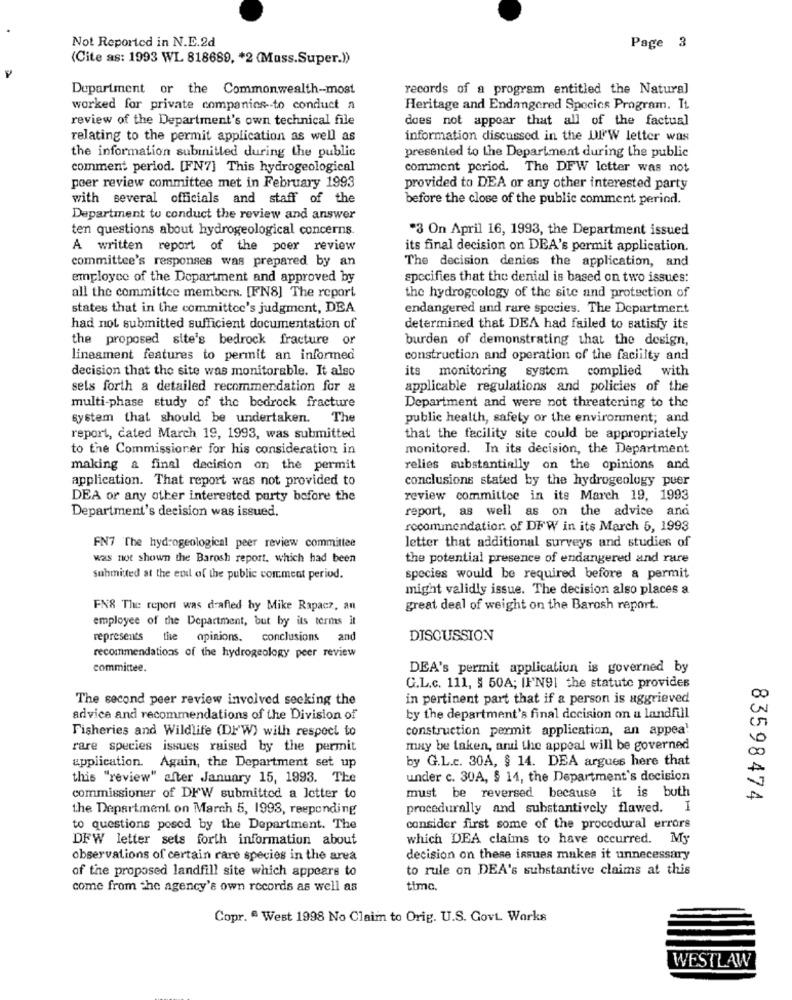
Not Reported in N.E.2d
Page 3
(Cite as: 1993 WL 818689, * 2 (Mass.Super.))
Department or the Commonwealth-most
records of a program entitled the Natural
worked for private companies to conduct a
Heritage and Endangered Species Program. It
review of the Department's own technical file
does not appear that all of the factual
relating to the permit application as well as
information discussed in the DI.W letter was
the information submitted during the public
presented to the Department during the public
comment period. [FN7] This hydrogeological
comment period. The DFW Ietter was not
peer review committee met in February 1993
provided to DEA or any other interested party
with several officials and staff of the
before the close of the public comment period.
Department to conduct the review and answer
ten questions about hydrogeological concerns.
*3 On April 16, 1993, the Department issued
A written report of the peer review
its final decision on DEA's permit application.
committee's responses was prepared by an
The decision denies the application, and
employee of the Department and approved by
specifies that the denial is based on two issues:
all the committee members. [FN8] The report
the hydrogeology of the site and protection of
states that in the committee's judgment, DEA
endangered und rare species. The Department
had not submitted sufficient documentation of
determined that DEA had failed to satisfy its
the proposed site's bedrock fracture or
burden of demonstrating that the design,
lineament features to permit an informed
construction and operation of the faciilty and
decision that the site was monitorable. It also
its monitoring system complied with
sels forth a detailed recommendation for &
applicable regulations and policies of the
multi-phase study of the bedrock fracture
Department and were not threatening to the
system that should be undertaken. The
public health, safety or the environment; and
report, dated March 19, 1993, was submitted
that the facility site could be appropriately
to the Commissioner for his consideration in
monitored. In its decision, the Department
making a final decision on the permit
relies substantially on the opinions and
application. That report was not provided to
conclusions stated by the hydrogeology puer
DEA or any other interested party before the
review committee in its March 19, 1993
report, as well as on the advice and
Department's decision was issued.
recommendation of DFW in its March 5, 1993
FN7 The hydrogeological peer review committee
letter that additional surveys and studies of
was not shown the Barosh report, which had been
the potential presence of endangered and rare
submitted at the end of the public comment period.
species would be required before a permit
might validly issue. The decision also places a
FN& The report was drafted by Mike Rapacz, an
great deal of weight on the Barosh report.
employee of the Department, but by its terms it
represents the opinions. conclusions and
DISCUSSION
recommendations of the hydrogeology peer review
committee.
DEA's permit application is governed by
G.L.c. 111, § 50A; IF'N91 the statute provides
The second peer review involved seeking the
in pertinent part that if a person is aggrieved
advice and recommendations of the Division of
by the department's final decision on u landfill
Fisheries and Wildlife (DI'W) with respect to
construction permit application, an appea'
rare species issues raised by the permit
may be taken, and the appeal will be governed
by G.L.c. 30A, $ 14. DEA argues here that
application. Again, the Department set up
this "review" after January 15, 1993. The
under c. 30A, § 14, the Department's decision
must be reversed because it is buth
commissioner of DFW submitted a letter to
83598474
the Department on March 5, 1993, responding
procedurally and substantively flawed. I
to questions posed by the Department. The
consider first some of the procedural errors
DFW letter sets forth information about
which DEA claims to have occurred. My
observations of certain rare species in the area
decision on these issues makes it unnecessary
of the proposed landfill site which appears to
to rule on DEA's substantive claims at this
come from the agency's own records as well as
timc.
Copr. " West 1998 No Claim to Orig. U.S. Govt Works
WESTLAW